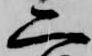
二